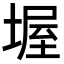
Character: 𡎔